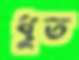
ধুত